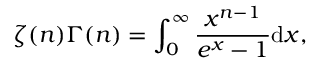
\zeta ( n ) { \Gamma ( n ) } = \int _ { 0 } ^ { \infty } { \frac { x ^ { n - 1 } } { e ^ { x } - 1 } } \mathrm { d } x ,